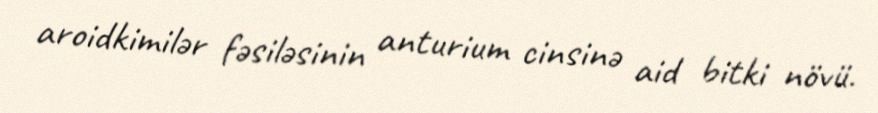
aroidkimilər fəsiləsinin anturium cinsinə aid bitki növü.